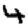
Digit: 4